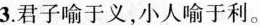
3.君子喻于义，小人喻于利。